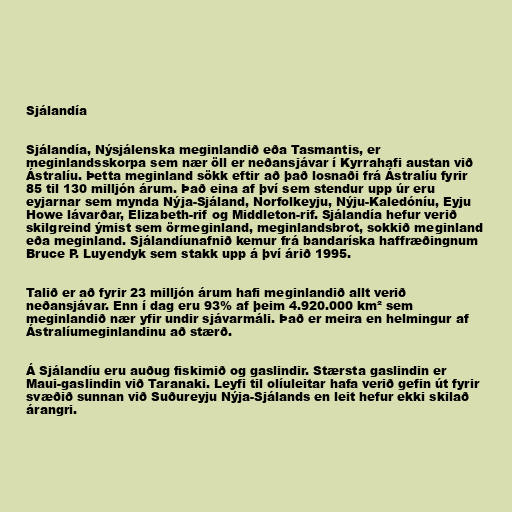
Sjálandía

Sjálandía, Nýsjálenska meginlandið eða Tasmantis, er
meginlandsskorpa sem nær öll er neðansjávar í Kyrrahafi austan við
Ástralíu. Þetta meginland sökk eftir að það losnaði frá Ástralíu fyrir
85 til 130 milljón árum. Það eina af því sem stendur upp úr eru
eyjarnar sem mynda Nýja-Sjáland, Norfolkeyju, Nýju-Kaledóníu, Eyju
Howe lávarðar, Elizabeth-rif og Middleton-rif. Sjálandía hefur verið
skilgreind ýmist sem örmeginland, meginlandsbrot, sokkið meginland
eða meginland. Sjálandíunafnið kemur frá bandaríska haffræðingnum
Bruce P. Luyendyk sem stakk upp á því árið 1995.

Talið er að fyrir 23 milljón árum hafi meginlandið allt verið
neðansjávar. Enn í dag eru 93% af þeim 4.920.000 km² sem
meginlandið nær yfir undir sjávarmáli. Það er meira en helmingur af
Ástralíumeginlandinu að stærð.

Á Sjálandíu eru auðug fiskimið og gaslindir. Stærsta gaslindin er
Maui-gaslindin við Taranaki. Leyfi til olíuleitar hafa verið gefin út fyrir
svæðið sunnan við Suðureyju Nýja-Sjálands en leit hefur ekki skilað
árangri.